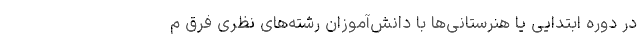
در دوره ابتدایی یا هنرستانی‌ها با دانش‌آموزان رشته‌های نظری فرق م